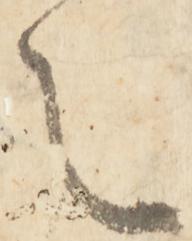
之